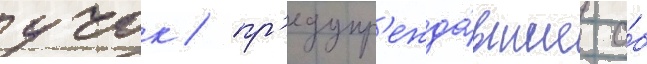
учок / пр'едупр'ежда́вшие о́б